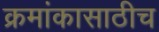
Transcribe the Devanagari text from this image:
क्रमांकासाठीच